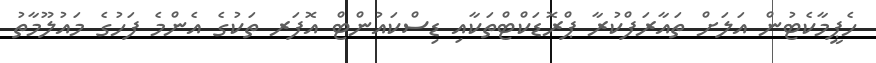
ހެޕީމާކެޓުން އަލަށް ތައާރަފްކުރާ ޕްރޮޑަކްޓްތަކާއި ޑިސްކައުންޓް އޮފަރ ތަކުގެ އެންމެ ފަހުގެ މައުލޫމާތު